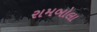
રામબોલા